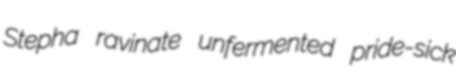
Stepha ravinate unfermented pride-sick